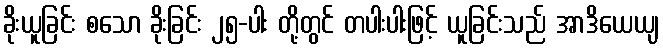
ခိုးယူခြင်း စသော ခိုးခြင်း ၂၅-ပါး တို့တွင် တပါးပါးဖြင့် ယူခြင်းသည် အာဒိယေယျ